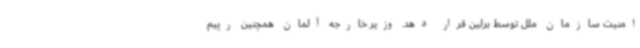
امنیت سازمان ملل توسط برلین قرار دهد. وزیر خارجه آلمان همچنین رپیم